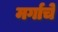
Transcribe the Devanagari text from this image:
मर्गाचे